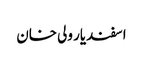
اسفندیار ولی خان